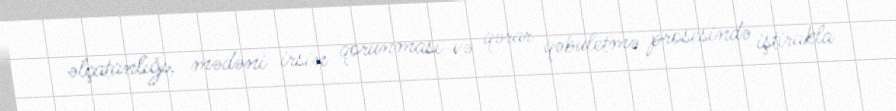
əlçatanlığı, mədəni irsin qorunması və qərar qəbuletmə prosesində iştirakla